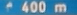
400 m